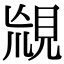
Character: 𧠬